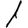
Digit: 1